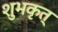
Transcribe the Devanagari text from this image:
शुभकृत्